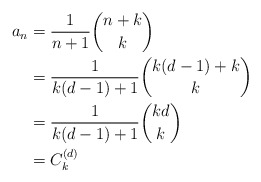
\begin{align*}a_n&=\frac{1}{n+1}\binom{n+k}{k}\\&=\frac{1}{k(d-1)+1}\binom{k(d-1)+k}{k}\\&=\frac{1}{k(d-1)+1}\binom{kd}{k}\\&=C_k^{(d)}\end{align*}